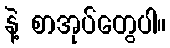
နဲ့ စာအုပ်တွေပါ။